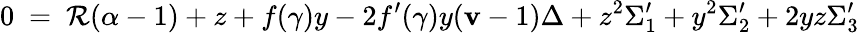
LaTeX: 0~=~\mathcal{R}(\alpha-1)+z+f(\gamma)y-2f^{\prime}(\gamma)y(\mathbf{v}-1)\Delta+z^{2}\Sigma_{1}^{\prime}+y^{2}\Sigma_{2}^{\prime}+2yz\Sigma_{3}^{\prime}